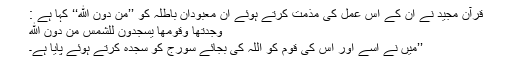
قرآن مجید نے ان کے اس عمل کی مذمت کرتے ہوئے ان معبودانِ باطلہ کو ’’مِنْ دُوْنِ اللهِ‘‘ کہا ہے :
وَجَدتُّهَا وَقَوْمَهَا يَسْجُدُونَ لِلشَّمْسِ مِن دُونِ اللَّهِ
’’میں نے اسے اور اس کی قوم کو اللہ کی بجائے سورج کو سجدہ کرتے ہوئے پایا ہے۔